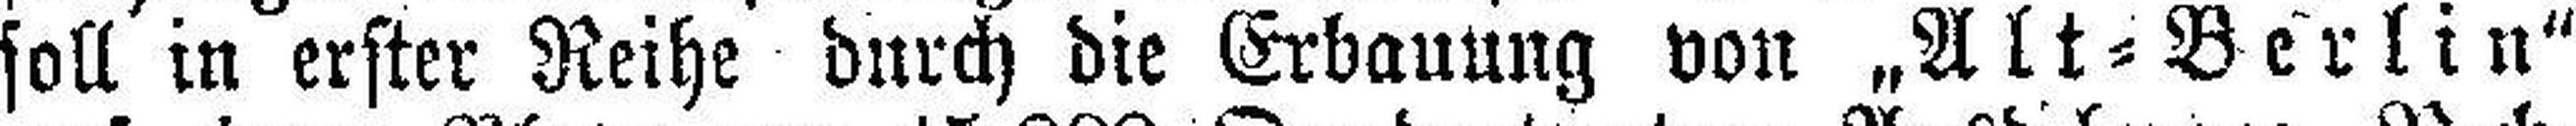
soll in erster Reihe durch die Erbauung von „Alt=Berlin"